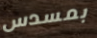
بمسدس